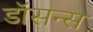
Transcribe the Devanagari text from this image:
डॉसन्स